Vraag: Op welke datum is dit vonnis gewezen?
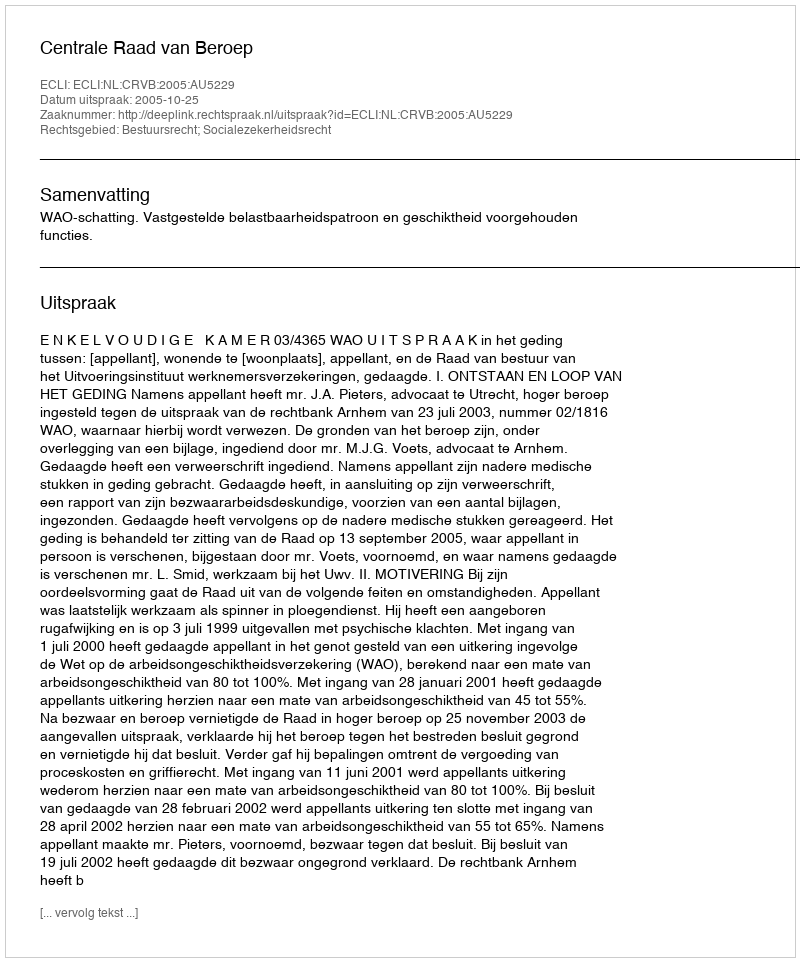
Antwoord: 2005-10-25